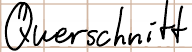
Querschnitt